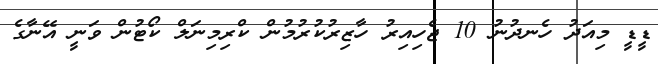
ޑީޑީ މިއަދު ހެނދުނު 10 ޖެހިއިރު ހާޒިރުކުރުމުން ކްރިމިނަލް ކޯޓުން ވަނީ އޭނާގެ